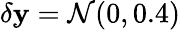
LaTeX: \delta\mathbf{y}=\mathcal{{N}}(0,0.4)